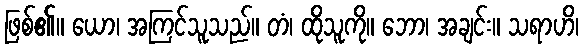
ဖြစ်၏။ ယော၊ အကြင်သူသည်။ တံ၊ ထိုသူကို။ ဘော၊ အချင်း။ သရာဟိ၊